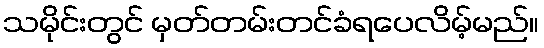
သမိုင်းတွင် မှတ်တမ်းတင်ခံရပေလိမ့်မည်။